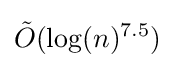
{\tilde {O}}(\log(n)^{7.5})